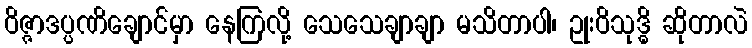
ဝိဇ္ဇာဒပ္ပဏိချောင်မှာ နေကြလို့ သေသေချာချာ မသိတာပါ၊ ဥုးဝိသုဒ္ဓိ ဆိုတာလဲ